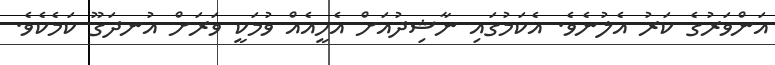
އަންވަރުގެ ކަރު އެލުނެވެ. އެކަމުގައި ނާޝިދުއަށް އެހީއެއް ވުމަކީ ވަރަށް އުނދަގޫ ކަމެކެވެ.